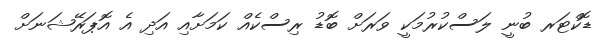
ޑޮކްޓަރ ބުނީ ލަސްކުރުމަކީ ވަރަށް ބޮޑު ރިސްކެއް ކަމަށާއި އަދި އެ އޮޕަރޭޝަނަށް